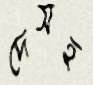
দেসহ